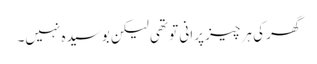
گھر کی ہر چیز پرانی تو تھی لیکن بوسیدہ نہیں۔